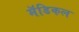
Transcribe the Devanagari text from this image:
मॅडिकल